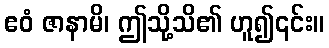
ဧဝံ ဇာနာမိ၊ ဤသို့သိ၏ ဟူ၍၎င်း။